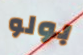
بولو